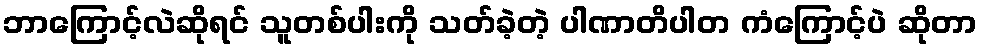
ဘာကြောင့်လဲဆိုရင် သူတစ်ပါးကို သတ်ခဲ့တဲ့ ပါဏာတိပါတ ကံကြောင့်ပဲ ဆိုတာ